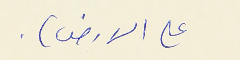
على الارض) .